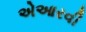
એઆરવી